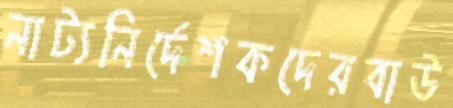
নাট্যনির্দেশকদেরবাউ